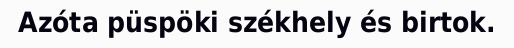
Azóta püspöki székhely és birtok.